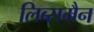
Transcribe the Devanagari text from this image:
लिब्समैन